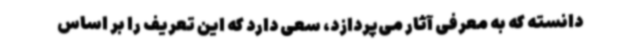
دانسته که به معرفی آثار می‌پردازد، سعی دارد که این تعریف را بر اساس